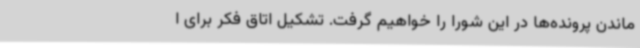
ماندن پرونده‌ها در این شورا را خواهیم گرفت. تشکیل اتاق فکر برای ا